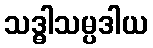
သဒ္ဓါသမ္ပဒါယ